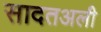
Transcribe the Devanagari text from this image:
सादतअली